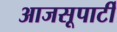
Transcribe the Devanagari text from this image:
आजसूपार्टी